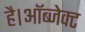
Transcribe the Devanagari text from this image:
है।ऑब्जेक्ट